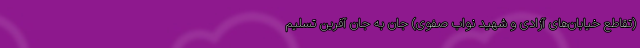
(تقاطع خیابان‌های آزادی و شهید نواب صفوی) جان به جان آفرین تسلیم